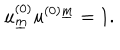
LaTeX: u _ { \underline { { { m } } } } ^ { ( 0 ) } u ^ { ( 0 ) \underline { { { m } } } } = 1 .